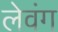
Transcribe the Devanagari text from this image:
लेवंग